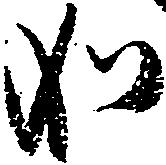
如